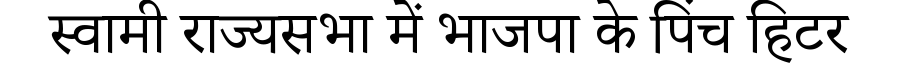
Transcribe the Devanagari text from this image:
स्वामी राज्यसभा में भाजपा के पिंच हिटर